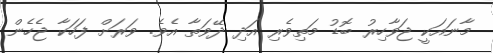
މާނައަކީ ޖަވާހިރު ބޮޑު މަތިވެރި އަދި ދޭވަތާ އެވެ. ވަރަށް ފަހަކާ ޖެހެން